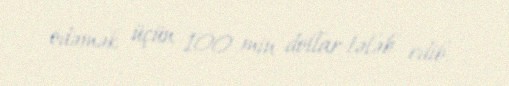
ödəmək üçün 100 min dollar tələb edib.